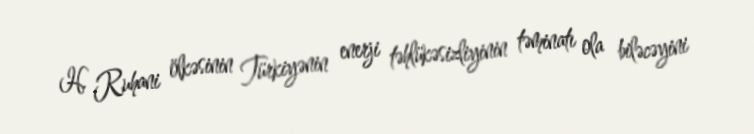
H. Ruhani ölkəsinin Türkiyənin enerji təhlükəsizliyinin təminatı ola biləcəyini